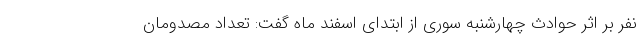
نفر بر اثر حوادث چهارشنبه سوری از ابتدای اسفند ماه گفت: تعداد مصدومان